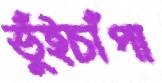
ভুঁইচাঁপা